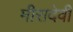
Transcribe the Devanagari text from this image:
मीरादेवी